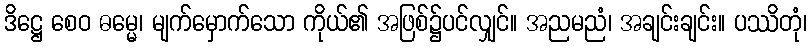
ဒိဋ္ဌေ စေဝ ဓမ္မေ၊ မျက်မှောက်သော ကိုယ်၏ အဖြစ်၌ပင်လျှင်။ အညမညံ၊ အချင်းချင်း။ ပဿိတုံ၊